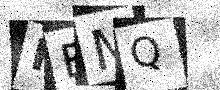
Text: FBMQ